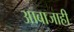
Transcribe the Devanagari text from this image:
आबाजाही